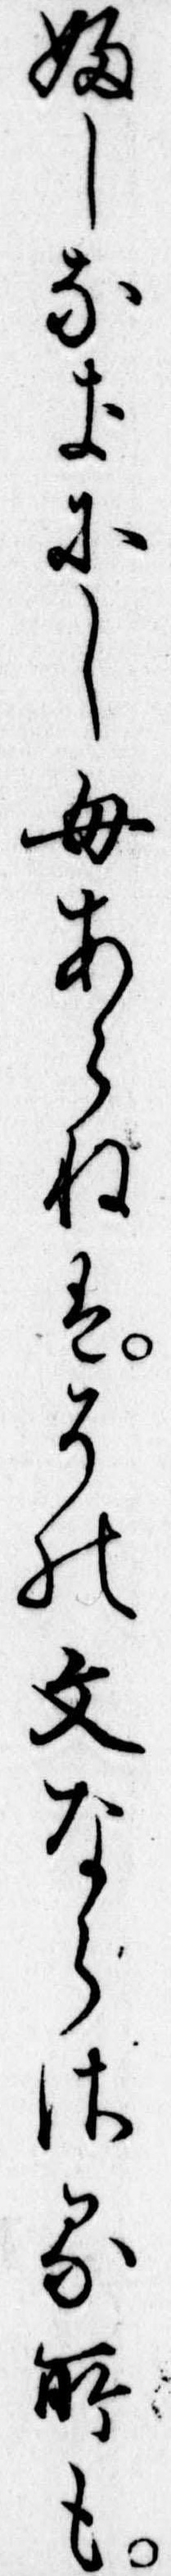
ふしなきにしもあらねはその文ならさる所も